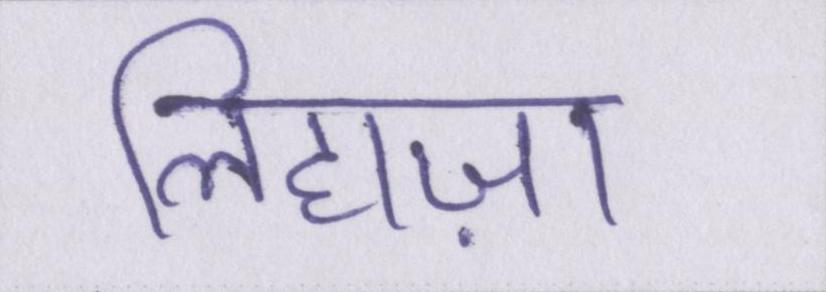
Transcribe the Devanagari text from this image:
लिहाज़ा